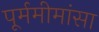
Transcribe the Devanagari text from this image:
पूर्ममीमांसा